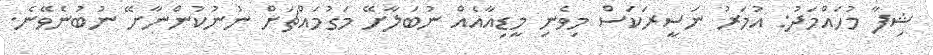
ޝިފާ މުހައްމަދު: އުމަރު ނަސީރަކަސް މިވެނި މީޑިއާއެއް ނުބަލާށޭ މަގުމައްޗަށް ނުނުކުންނާށޭ ނުބުނެވޭނެ.